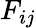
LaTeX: F_{ij}